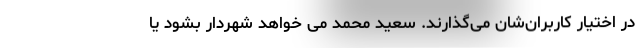
در اختیار کاربران‌شان می‌گذارند. سعید محمد می خواهد شهردار بشود یا